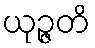
ယုဉ္ဇတိ